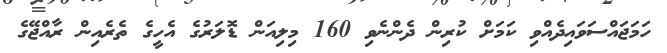
ހަމަޖައްސަވައިދެއްވި ކަމަށް ކުރިން ދެންނެވި 160 މިލިއަން ޑޮލަރުގެ އެހީގެ ތެރެއިން ރާއްޖޭގެ